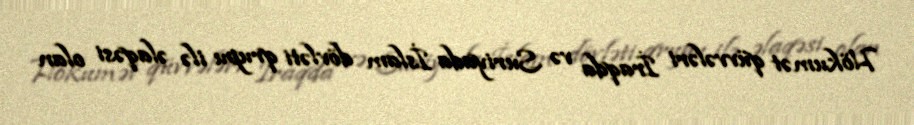
Hökumət qüvvələri İraqda və Suriyada İslam dövləti qrupu ilə əlaqəsi olan